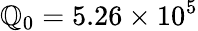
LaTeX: \mathbb{Q}_{0}=5.26\times10^{5}